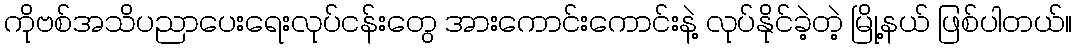
ကိုဗစ်အသိပညာပေးရေးလုပ်ငန်းတွေ အားကောင်းကောင်းနဲ့ လုပ်နိုင်ခဲ့တဲ့ မြို့နယ် ဖြစ်ပါတယ်။